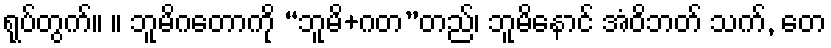
ရုပ်တွက်။ ။ ဘူမိဂတောကို “ဘူမိ+ဂတ”တည်၊ ဘူမိနောင် အံဝိဘတ် သက်, တေ